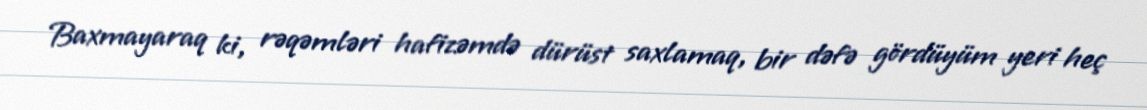
Baxmayaraq ki, rəqəmləri hafizəmdə dürüst saxlamaq, bir dəfə gördüyüm yeri heç